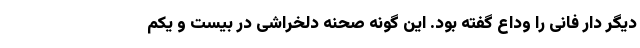
دیگر دار فانی را وداع گفته بود. این گونه صحنه دلخراشی در بیست و یکم